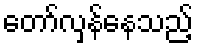
တော်လှန်နေသည့်